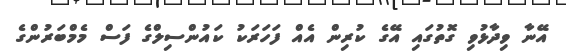
އޭނާ ވިދާޅުވި ގޮތުގައި އޭގެ ކުރިން އެއް ފަހަރަކު ކައުންސިލްގެ ފަަސް މެމްބަރުންގެ